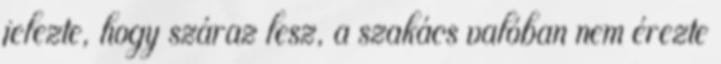
jelezte, hogy száraz lesz, a szakács valóban nem érezte